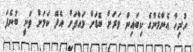
ހުރިހާ އެންމެންގެ ކިބައިން ވަރަށް ބޮޑަށް މައާފަށް އެދޭ ކަމަށް ވަނީ ބުނެފަ